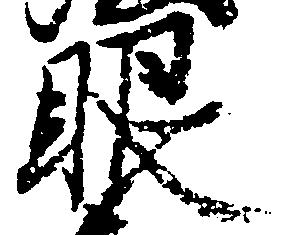
眼